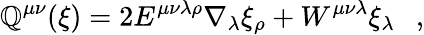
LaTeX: \mathbb{Q}^{\mu\nu}(\xi)=2E^{\mu\nu\lambda\rho}\nabla_{\lambda}\xi_{\rho}+W^{\mu\nu\lambda}\xi_{\lambda}~~~,